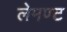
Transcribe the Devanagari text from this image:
लेमण्ट